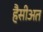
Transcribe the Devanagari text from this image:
हैसीअत